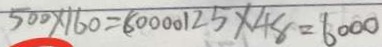
5 0 0 \times 1 6 0 = 8 0 0 0 0 1 2 5 \times 4 8 = 6 0 0 0